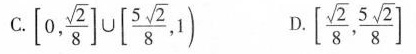
C.[0, \frac{\sqrt{2}}{8}] \cup [ \frac{5 \sqrt{2}}{8},1) D.[ \frac{\sqrt{2}}{8}, \frac{5 \sqrt{2}}{8}]